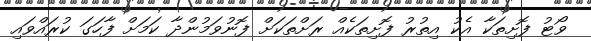
ވޯޓު ފޮށިތަކާ އެކު އިތުރު ފޮށިތަކެއް ރަށްތަކަށް ފޮނުވަމުންދާ ކަމަށް ފާހަގަ ކުރައްވައި